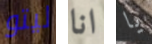
ليتو انا يا